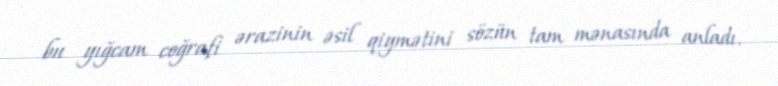
bu yığcam coğrafi ərazinin əsil qiymətini sözün tam mənasında anladı.